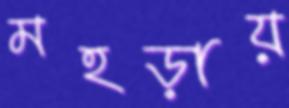
মহড়ায়